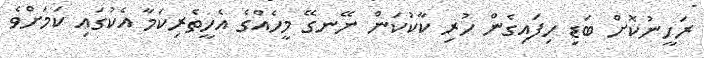
ރަހީނުކޮށް ބަޑި ހިފައިގެން ހުރި ކާކުކަން ނޭނގޭ މީހެއްގެ އެހީތެރިކަމާ އެކުގައި ކަމަށްވެ